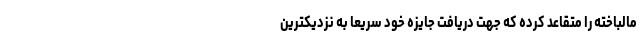
مالباخته را متقاعد کرده که جهت دریافت جایزه خود سریعا به نزدیکترین